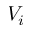
V _ { i }